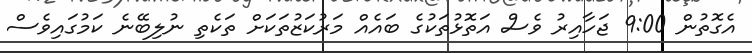
އެގޮތުން 9:00 ޖަހާއިރު ވެސް އަތޮޅުތަކުގެ ބައެއް މަރުކަޒުތަކަށް ތަކެތި ނުލިބޭނެ ކަމުގައިވެސް